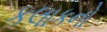
કલાકનો